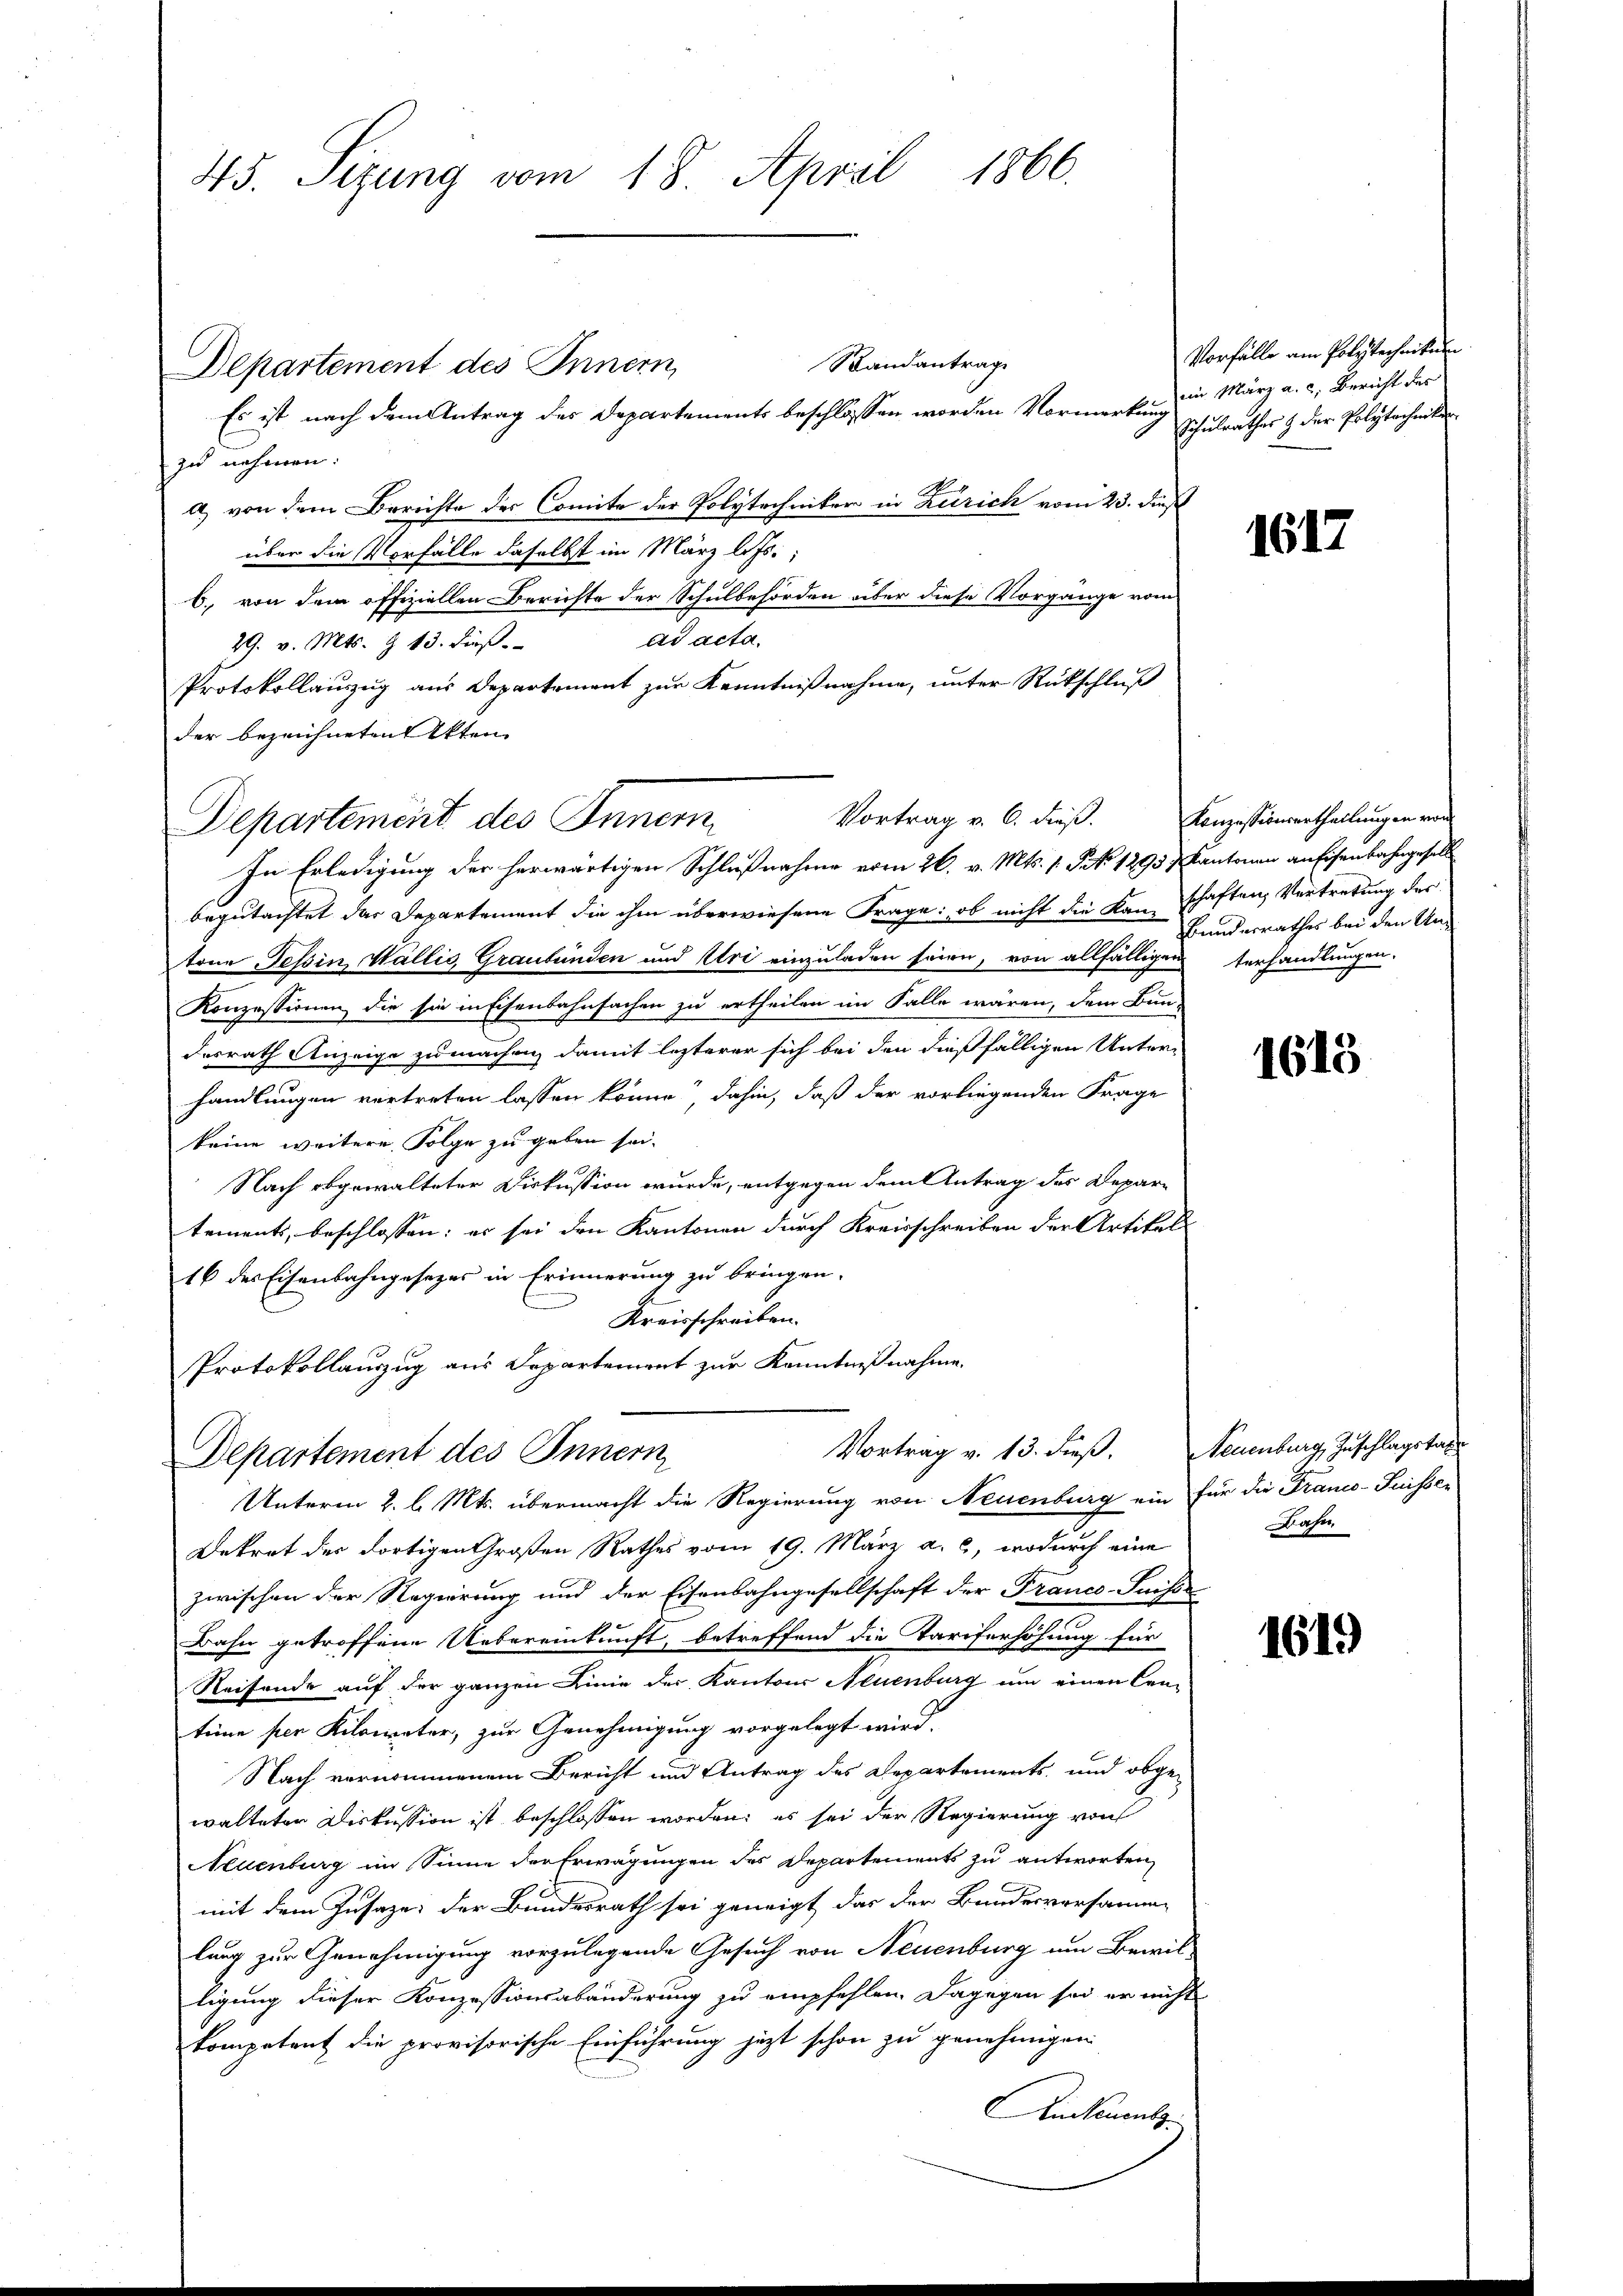
45. Sizung vom 18. April 1866.

Standantrage
Departement des Innern,
Es ist nach dem Antrag des Departements beschlossen worden Vormerke zum März a. c. Bericht der
zu nehmen:
a) von dem Berichte der Comite der Polytechniker in Zürich vom 23. dieß
über die Vorfälle daselbst im März l. Js.,
b. von dem offiziellen Berichte der Schulbehörden über diese Vorgänge vom
ad acta.
29. v. Mts. & 13. Fuß.
Protokollauszug aus Departement zur Kenntnißnahme, unter Rückschluß
der bezeichneten Akten
Departement des Innern
In Erledigung der herwärtigen Schlußnahme vom 26. v. Mts. 1. Frk. 1293 & Kantonen anfisenbahngesell
begutachtet das Departement die ihm überwiesene Frage: ob nicht die Kanschaften Vertretung des
tone Tessin, Wallis, Graubünden und Uri einzuladen seien, von allfälligen Verhandlungen.
Konzessionen, die sie in Eisenbahnfachen zu ertheilen im Falle wären, dem Bun-
desrath Anzeige zu machen, damit lezterer sich bei den dießfälligen Unterhandlungen vertreten lassen könne, dahin, daß der vorliegenden Frage
keine weitere Folge zu geben sei.
Nach abgewalteter Diskussion wurde, entgegen dem Antrag des Depar-
tements, beschlossen: es sei den Kantonen durch Kreisschreiben der Artikels
16 des Eisenbahngesezes in Erinnerung zu bringen.
Kreisschreiben.
Protokollauszug aus Departement zur Kenntnißnahme.

Vortrag v. 6. dieß.

Vortrag v. 13. dieß. Neuenburg, Zuschlagstal
Departement des Innern

Unterm 2. l. Mts. übermacht die Regierung von Neuenburg ein für die Franco-Puisser
Dekret der dortigen Großen Rathes vom 19. März a. c., wodurch eine
zwischen der Regierung und der Eisenbahngesellschaft der Franco-Suisse
Bahn getroffene Uebereinkunft, betreffend die Tariferhöhung für
Reifende auf der ganzen Linie der Kantons Neuenburg um einen Cra-
teine per Kilometer, zur Genehmigung vorgelegt wird.
Nach vernommenem Bericht und Antrag des Departements, und obge-
walteter Diskussion ist beschlossen worden; es sei der Regierung von
Neuenburg im Sinne der Erwägungen des Departements zu antworten,
mit dem Zusaze, der Bundesrath sei geneigt das der Bundesversamme
lung zur Genehmigung vorzulegende Gesuch von Neuenburg um Bewil-
ligung dieser Konzessionsabänderung zu empfehlen. Dagegen sei er nicht
kompetent die provisorische Einführung jezt schon zu genehmigen
Aikamulz

Vorfälle am Polytechnikum
Schulrathes & der Polytechenten

1612

Konzessionsurtheilung in von
Bundesrathes bei den Un¬

1615

Bahn

1619